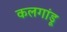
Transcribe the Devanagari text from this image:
कलगांडू